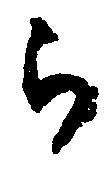
被